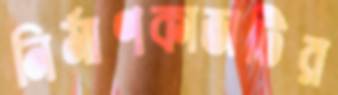
নির্মাণকাজটির